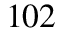
^ { 1 0 2 }